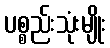
ပစ္စည်းသုံးမျိုး